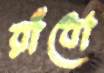
রাঁধো